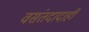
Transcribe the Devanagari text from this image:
वसंतदादाही